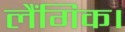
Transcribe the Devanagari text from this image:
लैंगिक।